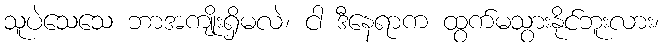
သူပဲသေသေ ဘာအကျိုးရှိမလဲ၊ ငါ ဒီနေရာက ထွက်မသွားနိုင်ဘူးလား၊